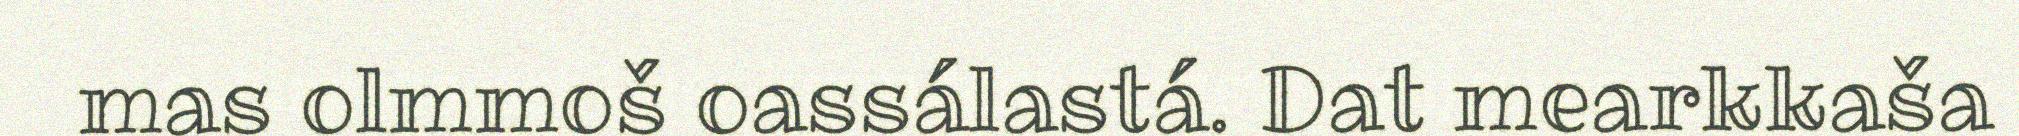
mas olmmoš oassálastá. Dat mearkkaša